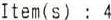
ITEM(S) : 4